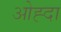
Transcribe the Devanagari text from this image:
ओह्दा